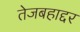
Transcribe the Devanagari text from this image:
तेजबहाद्दर